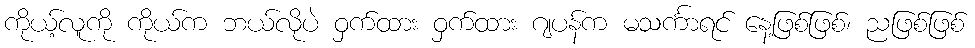
ကိုယ့်လူကို ကိုယ်က ဘယ်လိုပဲ ဝှက်ထား ဝှက်ထား ဂျပန်က မသင်္ကာရင် နေ့ဖြစ်ဖြစ်၊ ညဖြစ်ဖြစ်